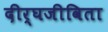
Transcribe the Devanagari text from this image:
दीर्घजीविता